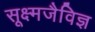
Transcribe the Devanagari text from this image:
सूक्ष्मजैविज्ञ